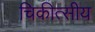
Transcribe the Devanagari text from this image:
चिकीत्सीय